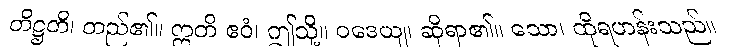
တိဋ္ဌတိ၊ တည်၏။ ဣတိ ဧဝံ၊ ဤသို့။ ဝဒေယျ၊ ဆိုရာ၏။ သော၊ ထိုရဟန်းသည်။